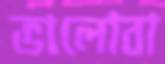
ভালোবা